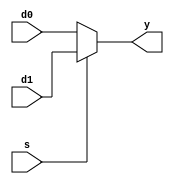
module cpu4_mux2 #(parameter WIDTH=8) (
	input  [WIDTH-1:0] d0,
	input  [WIDTH-1:0] d1,
	input  s,
	output [WIDTH-1:0] y
	);
	
	assign y = s? d1 : d0;
endmodule